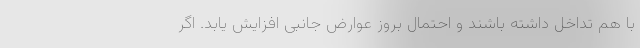
با هم تداخل داشته باشند و احتمال بروز عوارض جانبی افزایش یابد. اگر